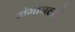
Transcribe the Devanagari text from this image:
गंगाजलसे